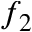
f _ { 2 }